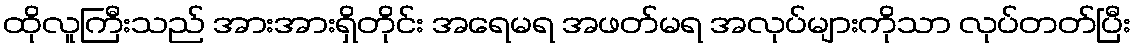
ထိုလူကြီးသည် အားအားရှိတိုင်း အရေမရ အဖတ်မရ အလုပ်များကိုသာ လုပ်တတ်ပြီး